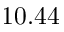
1 0 . 4 4